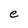
Character: e